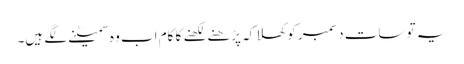
یہ تو سات دسمبر کو کھلا کہ پڑھنے لکھنے کا کام اب وہ سمیٹنے لگے ہیں۔